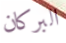
البركان